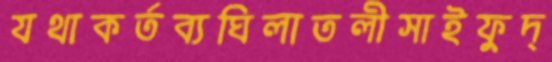
যথাকর্তব্যঘিলাতলীসাইফুদ্